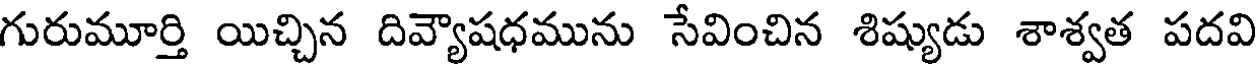
గురుమూర్తి యిచ్చిన దివ్యాషధమును సేవించిన శిష్యుడు శాశ్వత పదవి